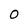
Character: 0